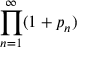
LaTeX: \prod _ { n = 1 } ^ { \infty } ( 1 + p _ { n } )